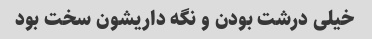
خیلی درشت بودن و نگه داریشون سخت بود